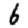
Digit: 6